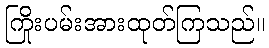
ကြိုးပမ်းအားထုတ်ကြသည်။